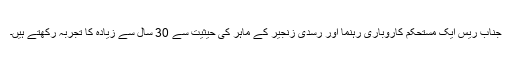
جناب ریس ایک مستحکم کاروباری رہنما اور رسدی زنجیر کے ماہر کی حیثیت سے 30 سال سے زیادہ کا تجربہ رکھتے ہیں۔